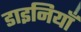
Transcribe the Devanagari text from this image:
डाइनियाँ